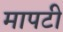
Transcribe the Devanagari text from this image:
मापटी